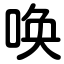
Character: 唤